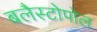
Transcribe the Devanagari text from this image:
बलैस्टोपोल